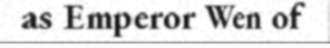
as Emperor Wen of